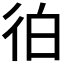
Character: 𰐭